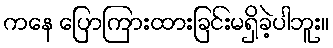
ကနေ ပြောကြားထားခြင်းမရှိခဲ့ပါဘူး။